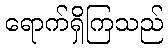
ရောက်ရှိကြသည်